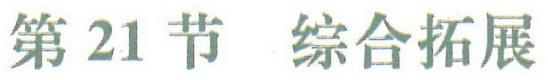
第 21 节  综合拓展